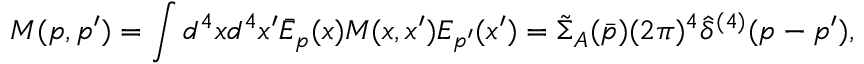
M ( p , p ^ { \prime } ) = \int d ^ { 4 } x d ^ { 4 } x ^ { \prime } \bar { E } _ { p } ( x ) M ( x , x ^ { \prime } ) E _ { p ^ { \prime } } ( x ^ { \prime } ) = \tilde { \Sigma } _ { A } ( \bar { p } ) ( 2 \pi ) ^ { 4 } \hat { \delta } ^ { ( 4 ) } ( p - p ^ { \prime } ) ,